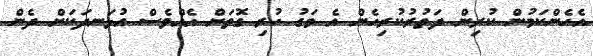
އެހެންކަމުން ކުރިން ދަތުރުކުރިހެން އެ މަގު ހުރި ގޮތަށް އެއްވެސް އުޅަނދަކަށް ދެން